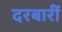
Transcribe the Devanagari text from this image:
दरबारीं